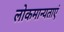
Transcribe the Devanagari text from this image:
लोकमान्यताएं